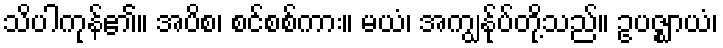
သိပါကုန်၏။ အပိစ၊ စင်စစ်ကား။ မယံ၊ အကျွန်ုပ်တို့သည်။ ဥပဇ္ဈာယံ၊